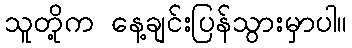
သူတို့က နေ့ချင်းပြန်သွားမှာပါ။